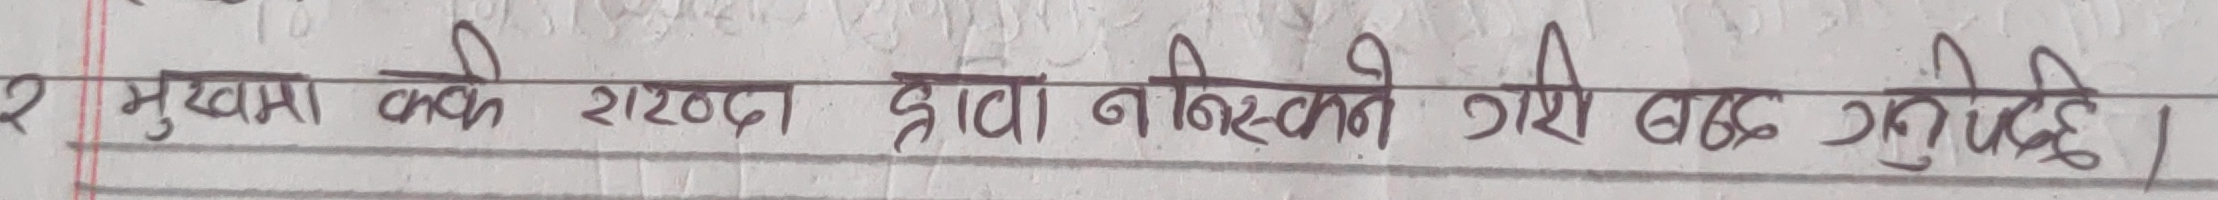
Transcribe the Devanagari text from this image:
२ मुखमा कवक शब्द द्वारा ननिस्कने गरी वाछ गर्नुहोस।